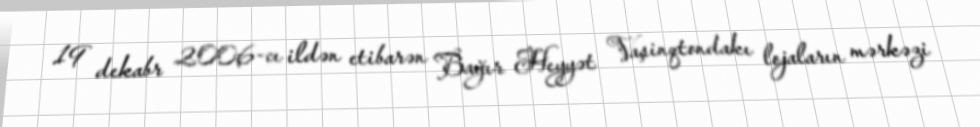
19 dekabr 2006-cı ildən etibarən Bağır Heyyət Vaşinqtondakı lojaların mərkəzi